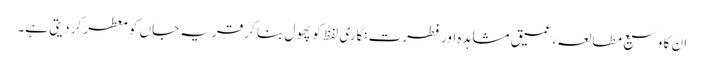
ان کا وسیع مطالعہ،عمیق مشاہدہ اور فطرت نگاری لفظ کو پھول بنا کر قریہ جاں کو معطر کر دیتی ہے۔